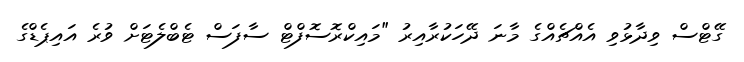
ގޭޓްސް ވިދާޅުވި އެއްޗެއްގެ މާނަ ދޭހަކުރާއިރު "މައިކްރޮސޮފްޓް ސާފަސް ޓެބްލެޓަށް ވުރެ އައިޕެޑްގެ